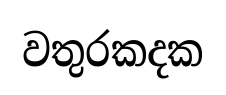
වතුරකදක